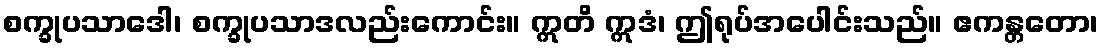
စက္ခုပသာဒေါ၊ စက္ခုပသာဒလည်းကောင်း။ ဣတိ ဣဒံ၊ ဤရုပ်အပေါင်းသည်။ ဧကန္တတော၊